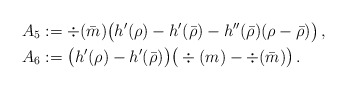
\begin{align*} A_5&:=\div (\bar m) \big( h'(\rho) - h'(\bar \rho) - h''(\bar \rho)( \rho-\bar \rho) \big)\, ,\\ A_6&:= \big( h'( \rho) - h'(\bar \rho)\big) \big( \div(m) - \div(\bar m) \big)\, . \end{align*}